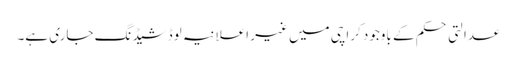
عدالتی حکم کے باوجود کراچی میں غیر اعلانیہ لوڈشیڈنگ جاری ہے۔